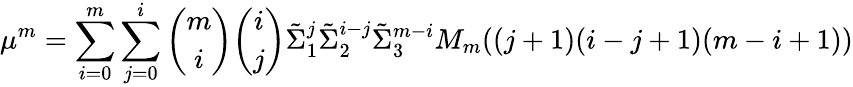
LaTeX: \mu^{m}=\sum_{i=0}^{m}\sum_{j=0}^{i}\binom{m}{i}\binom{i}{j}\tilde{\Sigma}_{1}^{j}\tilde{\Sigma}_{2}^{i-j}\tilde{\Sigma}_{3}^{m-i}M_{m}((j+1)(i-j+1)(m-i+1))